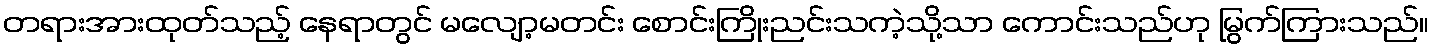
တရားအားထုတ်သည့် နေရာတွင် မလျော့မတင်း စောင်းကြိုးညင်းသကဲ့သို့သာ ကောင်းသည်ဟု မြွက်ကြားသည်။